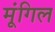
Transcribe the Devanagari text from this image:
मूंगिल